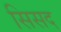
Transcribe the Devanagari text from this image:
सिसद